Report of the Bombay Veterinary College
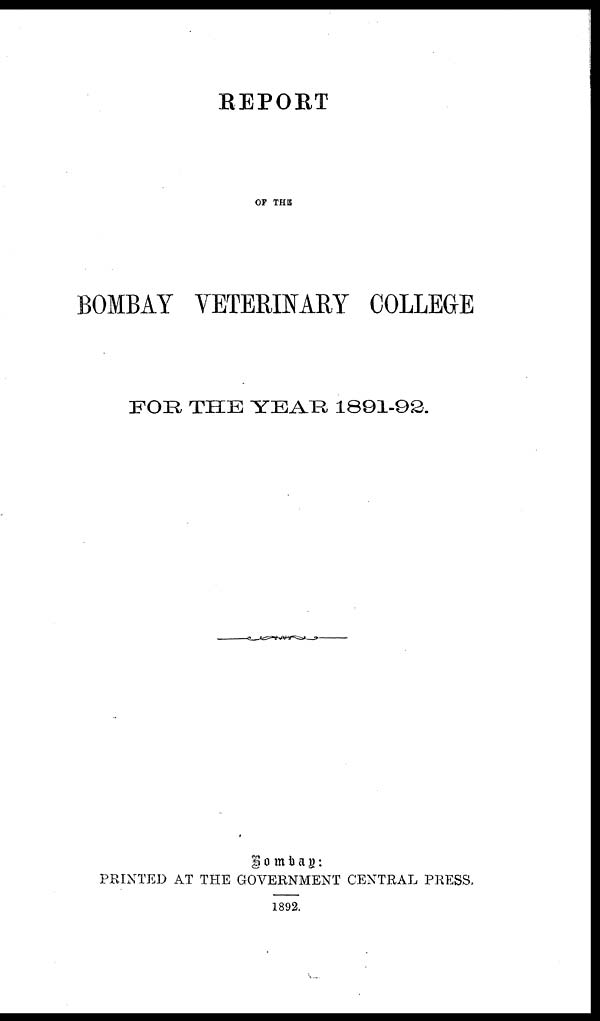
REPORT
OF THE
BOMBAY VETERINARY COLLEGE
FOR THE YEAR 1891-92.
Bombay :
PRINTED AT THE GOVERNMENT CENTRAL PRESS.
1892.